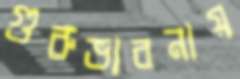
গুরুভাবনায়